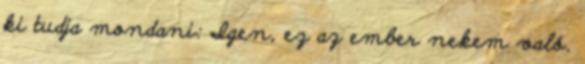
ki tudja mondani: Igen, ez az ember nekem való.